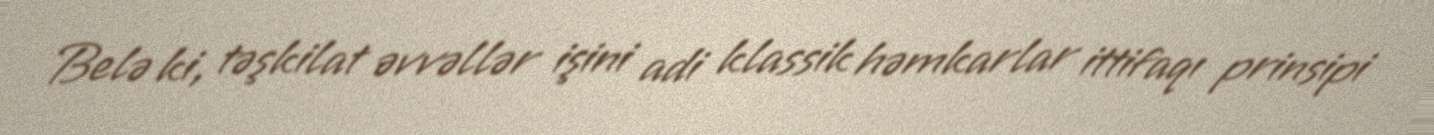
Belə ki, təşkilat əvvəllər işini adi klassik həmkarlar ittifaqı prinsipi